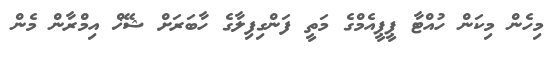
މިހެން މިކަން ހުއްޓާ ޕީޕީއެމްގެ މަތީ ފަންގިފިލާގެ ހާބަރަށް ޝޭޚް އިމްރާން މެން